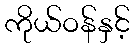
ကိုယ်ဝန်နှင့်